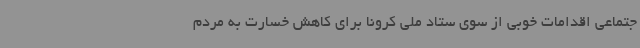
جتماعی اقدامات خوبی از سوی ستاد ملی کرونا برای کاهش خسارت به مردم